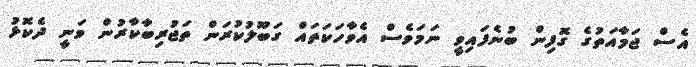
އެސް ޖަމާއަތުގެ ގޮފިން ބުނެފައިވީ ނަމަވެސް އެވާހަކަތައް ގަބޫލުކުރަން ތަޖުރިބާކާރުން ވަނީ ދެކޮޅު